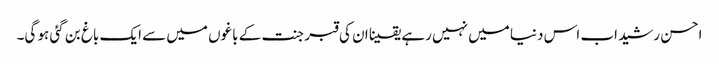
احسن رشید اب اس دنیا میں نہیں رہے یقینا ان کی قبر جنت کے باغوں میں سے ایک باغ بن گئی ہو گی۔